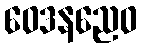
ဝေဒနညေဝ